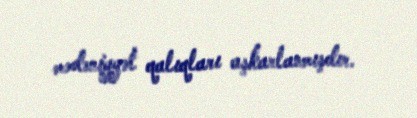
mədəniyyət qalıqları aşkarlanmışdır.